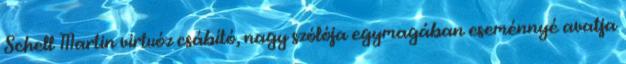
Schell Martin virtuóz csábító, nagy szólója egymagában eseménnyé avatja